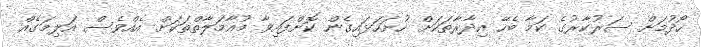
ހޯދުމަށް ސަރުކާރުގެ ކަމާ ބެހޭ އިދާރާތަކަށް ހުށަހަޅައިގެން ކޮށްފައިވާ މުއާމަލާތްތަކަށް އެއްވެސް އަލިމަގެއް